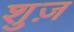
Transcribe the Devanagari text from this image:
शुज़